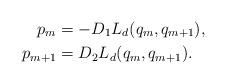
LaTeX: \begin{align*} p_m&=-D_1 L_d(q_m,q_{m+1}),\\ p_{m+1}&= D_2 L_d(q_m,q_{m+1}).\end{align*}